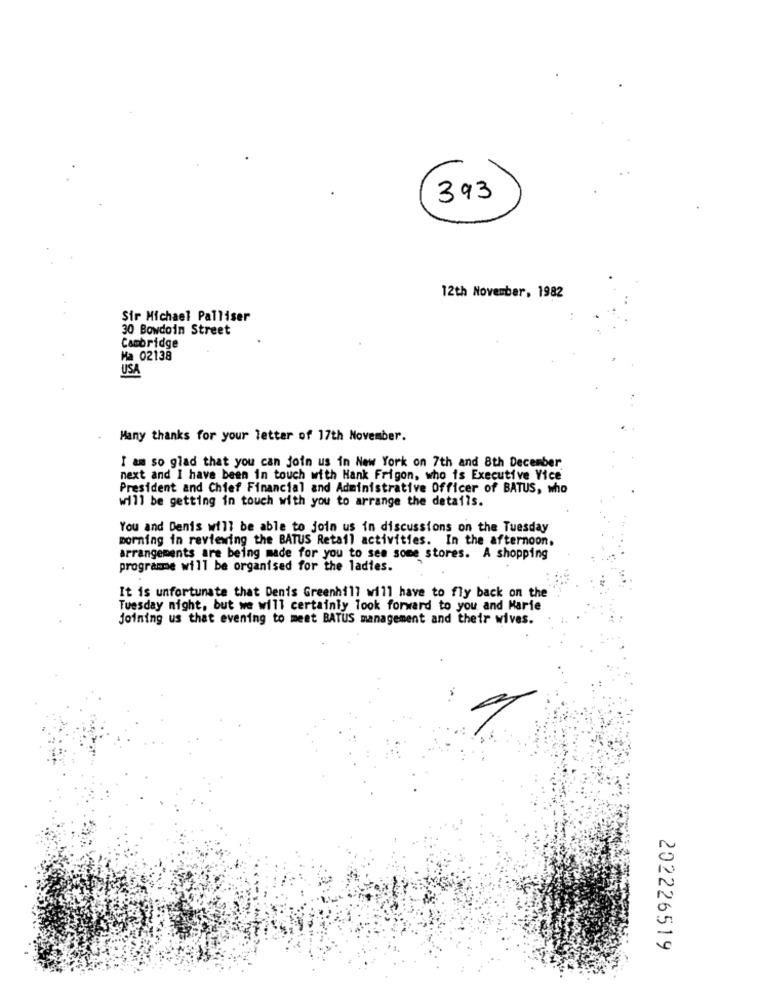
393
12th November, 1982
Sir Michael Palliser
30 Bowdoin Street
Cambridge
Ma 02138
USA
Many thanks for your letter of 17th November.
I am so glad that you can join us in New York on 7th and 8th December
next and I have been in touch with Hank Frigon, who is Executive Vice
President and Chief Financial and Administrative Officer of BATUS, who
will be getting in touch with you to arrange the details.
You and Denis will be able to join us in discussions on the Tuesday
morning in reviewing the BATUS Retail activities. In the afternoon,
arrangements are being made for you to see some stores. A shopping
programme will be organised for the ladies.
It is unfortunate that Denis Greenhill will have to fly back on the
Tuesday night, but we will certainly look forward to you and Marie
Joining us that evening to meet BATUS management and their wives.
202226519